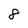
Character: 8